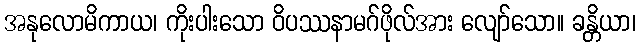
အနုလောမိကာယ၊ ကိုးပါးသော ဝိပဿနာမဂ်ဖိုလ်အား လျော်သော။ ခန္တိယာ၊